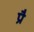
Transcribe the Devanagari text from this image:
प्रै